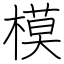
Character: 模